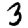
Digit: 3